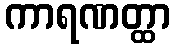
ကာရဏတ္ထာ